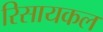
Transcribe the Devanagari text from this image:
रिसायकल